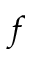
f